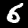
Label: 6